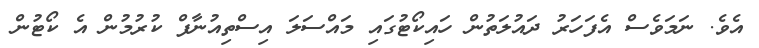
އެވެ. ނަމަވެސް އެފަހަރު ދައުލަތުން ހައިކޯޓުގައި މައްސަލަ އިސްތިއުނާފް ކުރުމުން އެ ކޯޓުން